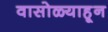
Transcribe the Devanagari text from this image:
वासोळ्याहून